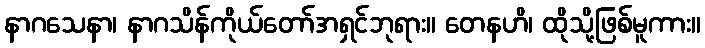
နာဂသေနာ၊ နာဂသိန်ကိုယ်တော်အရှင်ဘုရား။ တေနဟိ၊ ထိုသို့ဖြစ်မူကား။